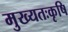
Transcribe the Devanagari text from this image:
मुख्यतःकृषि